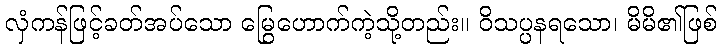
လှံကန်ဖြင့်ခတ်အပ်သော မြွေဟောက်ကဲ့သို့တည်း။ ဝိသပ္ပနရသော၊ မိမိ၏ဖြစ်